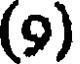
(9)